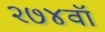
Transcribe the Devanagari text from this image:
२७४वॉ